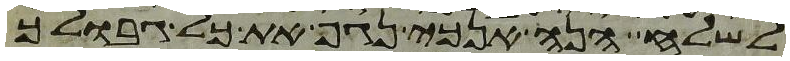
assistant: לשלח הנה אנכי נגף את כל גבולך